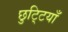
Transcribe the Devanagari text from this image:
छुटि्टयाँ